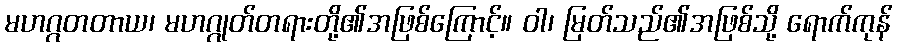
မဟဂ္ဂတတာယ၊ မဟဂ္ဂုတ်တရားတို့၏အဖြစ်ကြောင့်။ ဝါ၊ မြတ်သည်၏အဖြစ်သို့ ရောက်ကုန်